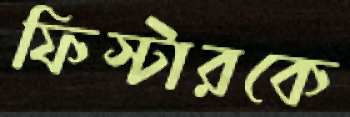
ফিস্টারকে